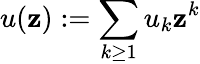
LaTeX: u(\mathbf{z}):=\sum_{k\geq1}u_{k}\mathbf{z}^{k}